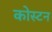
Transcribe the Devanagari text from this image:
कोस्टन